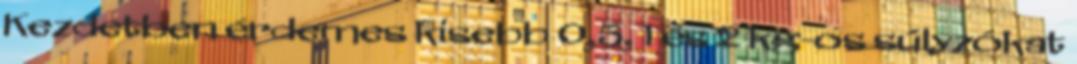
Kezdetben érdemes kisebb 0,5, 1 és 2 kg-os súlyzókat